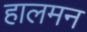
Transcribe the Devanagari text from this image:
हालमन